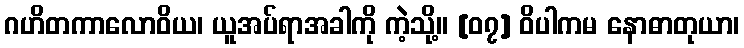
ဂဟိတကာလောဝိယ၊ ယူအပ်ရာအခါကို ကဲ့သို့။ [၀၇] ဝိပါကမ နောဓာတုယာ၊